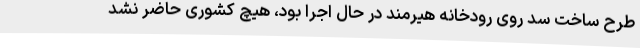
طرح ساخت سد روی رودخانه هیرمند در حال اجرا بود، هیچ کشوری حاضر نشد